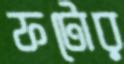
ফটোর